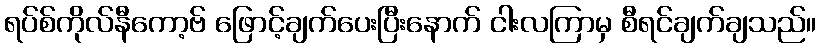
ရပ်စ်ကိုလ်နီကော့ဗ် ဖြောင့်ချက်ပေးပြီးနောက် ငါးလကြာမှ စီရင်ချက်ချသည်။